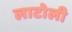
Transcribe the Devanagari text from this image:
लाटोली